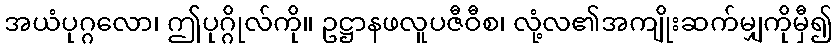
အယံပုဂ္ဂလော၊ ဤပုဂ္ဂိုလ်ကို။ ဥဋ္ဌာနဖလူပဇီဝီစ၊ လုံ့လ၏အကျိုးဆက်မျှကိုမှီ၍